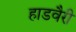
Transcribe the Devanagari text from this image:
हाडवैरी